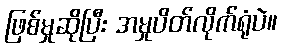
ဖြစ်မှုဆိုပြီး အမှုပိတ်လိုက်ရုံပဲ။